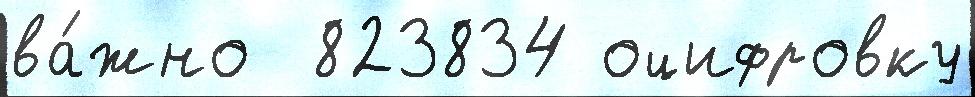
ва́жно  823834 оцифровку